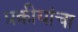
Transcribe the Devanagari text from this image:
प्रक्रीयांचा